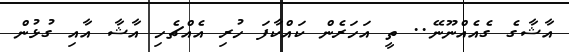
އާޝާގެ ގެއެއްނޫނޭ.. ތީ އަހަރެން ކައްކާފަ ހުރި އެއްޗެހި އާޝާ އާއި ގުޅުން